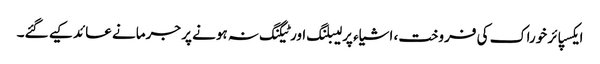
ایکسپائر خوراک کی فروخت، اشیاء پر لیبلنگ اور ٹیگنگ نہ ہونے پر جرمانے عائد کیے گئے۔